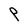
Character: P